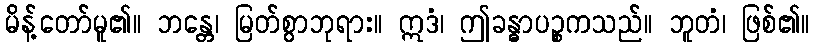
မိန့်တော်မူ၏။ ဘန္တေ၊ မြတ်စွာဘုရား။ ဣဒံ၊ ဤခန္ဓာပဉ္စကသည်။ ဘူတံ၊ ဖြစ်၏။